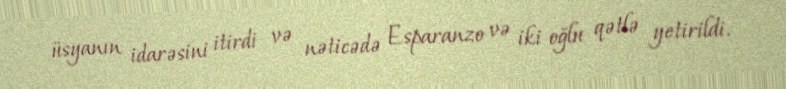
üsyanın idarəsini itirdi və nəticədə Esparanzo və iki oğlu qətlə yetirildi.